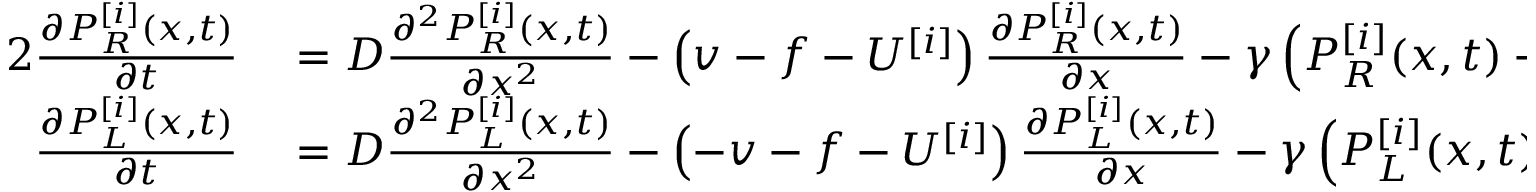
\begin{array} { r l } { { 2 } \frac { \partial P _ { R } ^ { [ i ] } ( x , t ) } { \partial t } } & { { } = D \frac { \partial ^ { 2 } P _ { R } ^ { [ i ] } ( x , t ) } { \partial x ^ { 2 } } - \left( v - f - U ^ { [ i ] } \right) \frac { \partial P _ { R } ^ { [ i ] } ( x , t ) } { \partial x } - \gamma \left( P _ { R } ^ { [ i ] } ( x , t ) - P _ { L } ^ { [ i ] } ( x , t ) \right) , } \\ { \frac { \partial P _ { L } ^ { [ i ] } ( x , t ) } { \partial t } } & { { } = D \frac { \partial ^ { 2 } P _ { L } ^ { [ i ] } ( x , t ) } { \partial x ^ { 2 } } - \left( - v - f - U ^ { [ i ] } \right) \frac { \partial P _ { L } ^ { [ i ] } ( x , t ) } { \partial x } - \gamma \left( P _ { L } ^ { [ i ] } ( x , t ) - P _ { R } ^ { [ i ] } ( x , t ) \right) , } \end{array}